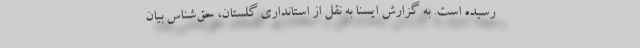
رسیده است. به گزارش ایسنا به نقل از استانداری گلستان، حق‌شناس بیان